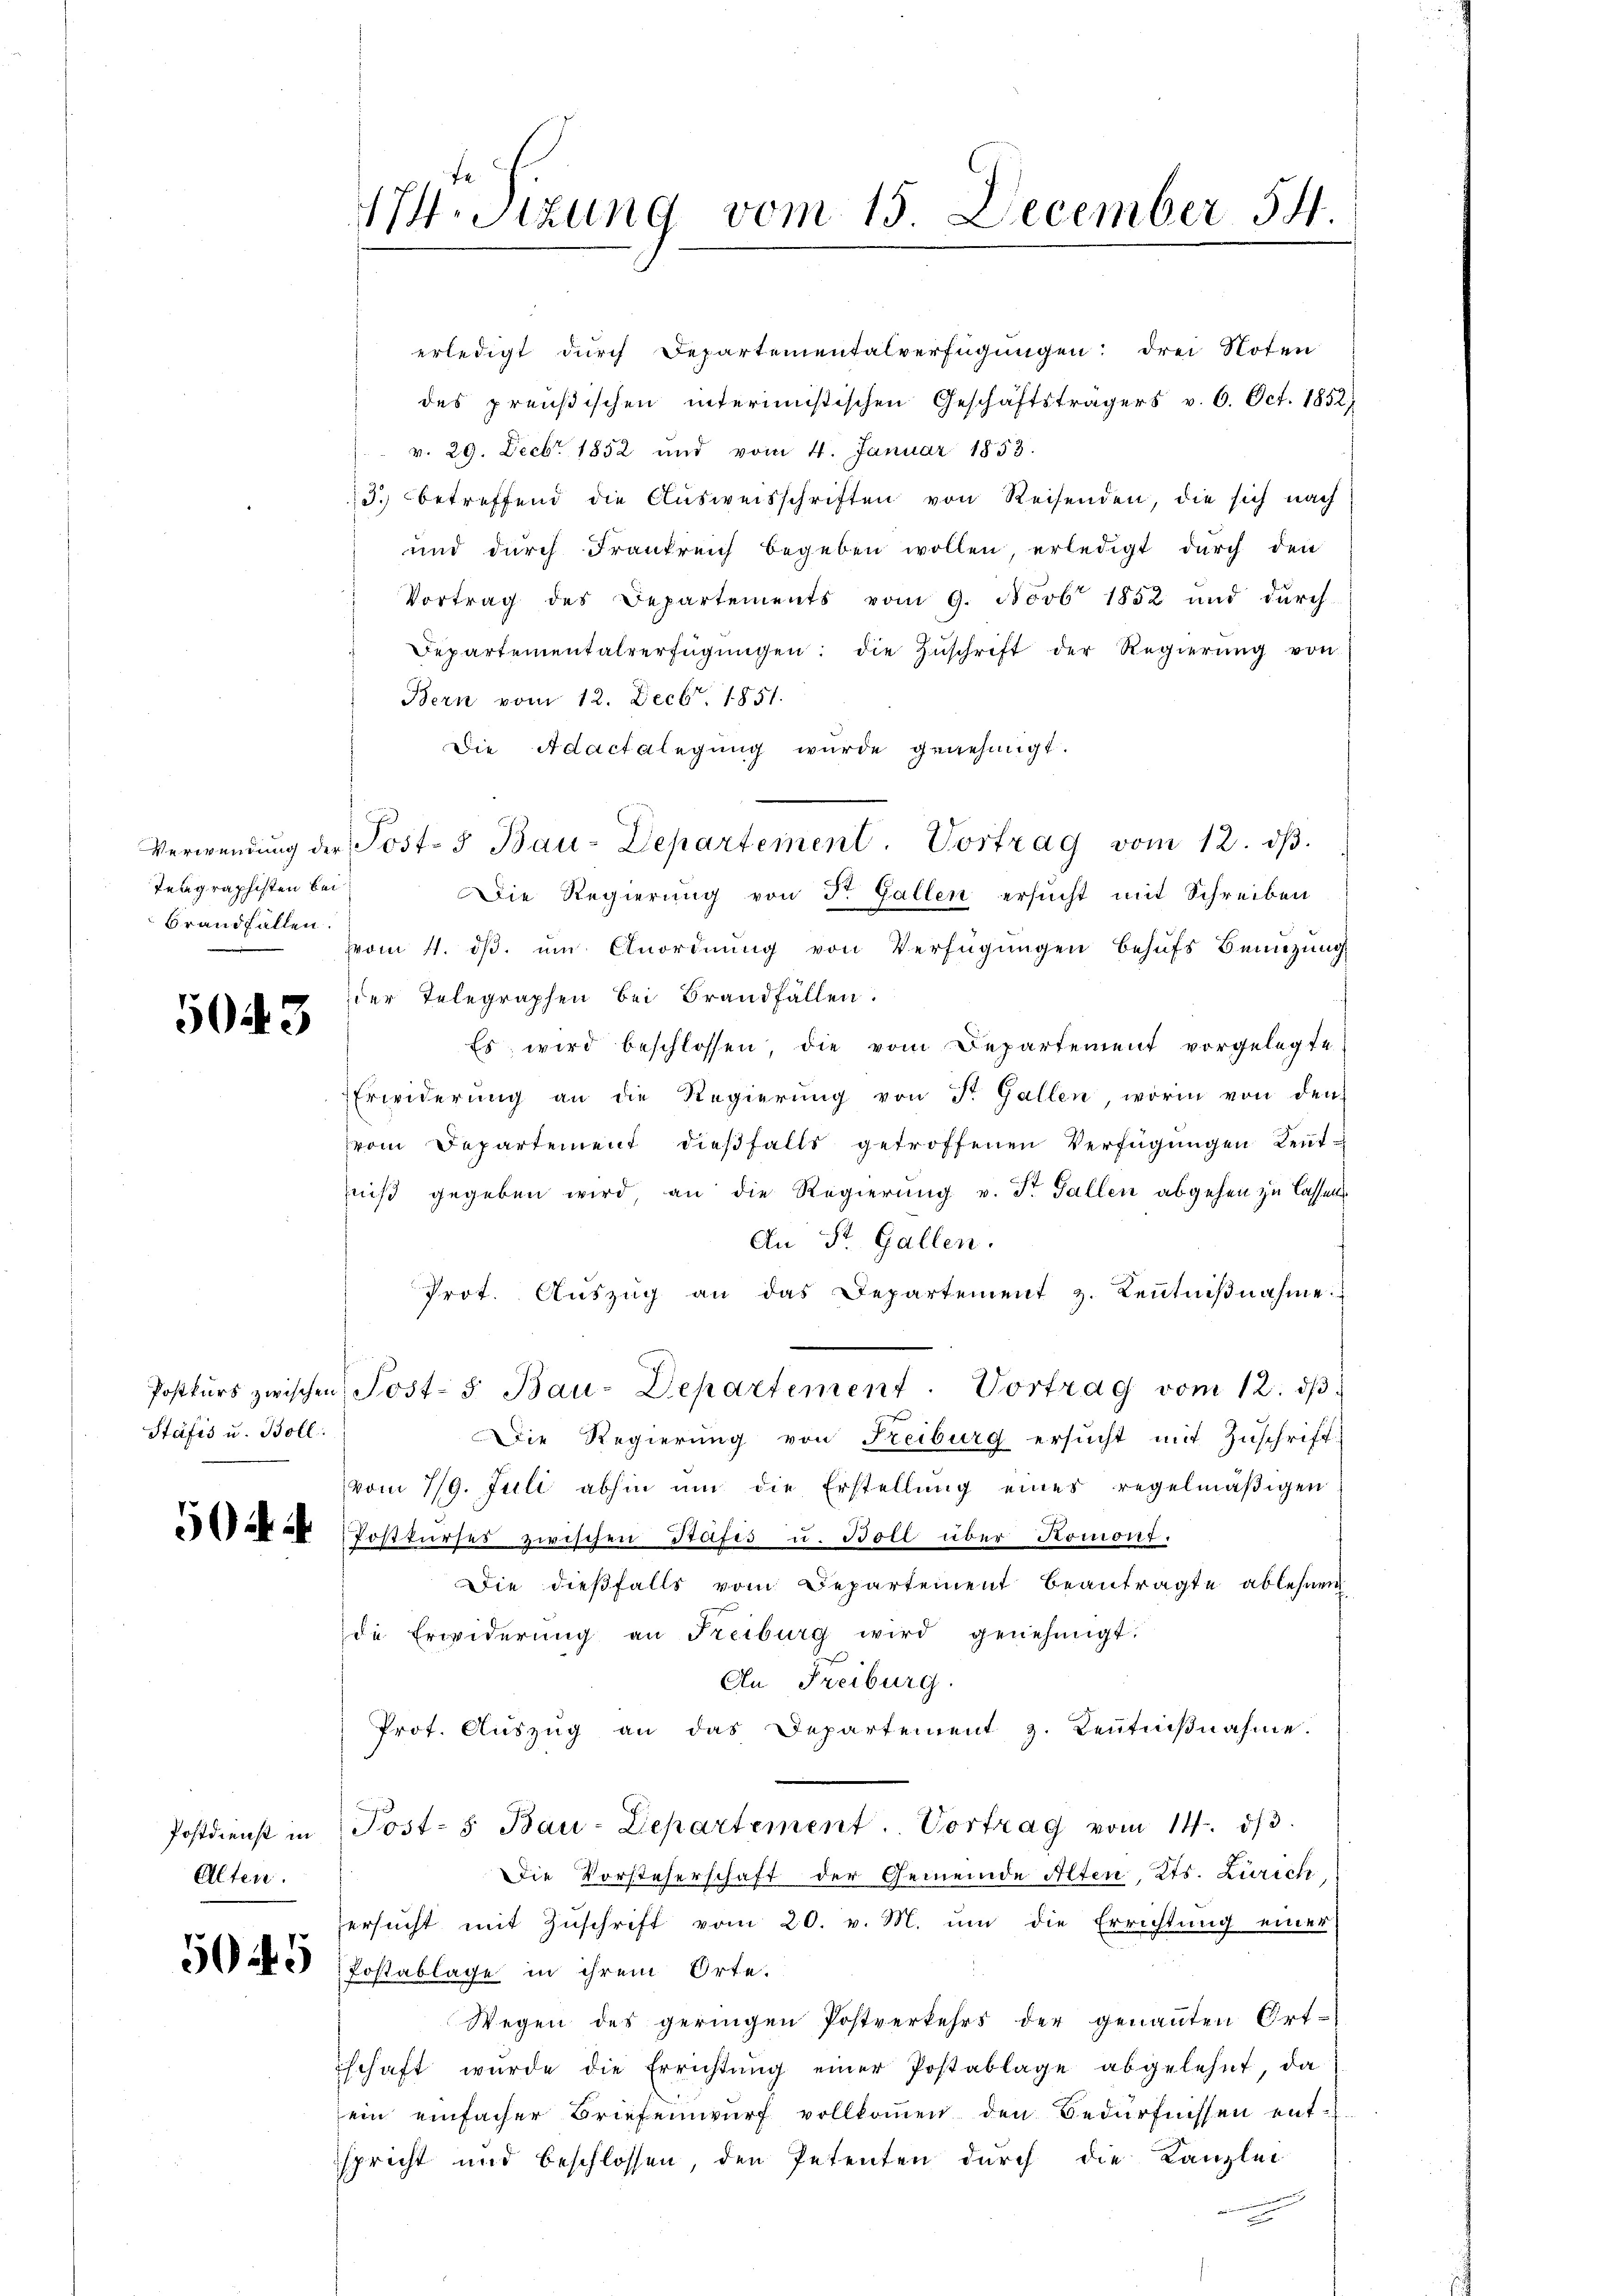
Teagraphisten bei
Brandfällen.

5043

Stäfis u. Boll:

50

Alten.

17. Sitzung vom 15. December 54

erledigt durch Departementalverfügungen: drei Noten
des preußischen interimistischen Geschäftsträgers v. 6. Oct. 1852
v. 29. Decbr. 1852 und vom 4. Januar 1853.
3. betreffend die Aŭsweisschriften von Reisenden, die sich nach
und durch Frankreich begeben wollen, erledigt durch den
Vortrag des Departements vom 9. Novb. 1852 und durch
Departementalverfügŭngen: die Zŭschrift der Regierŭng von
Bern vom 12. Decbr. 1851.
Die Adactalegung wurde genehmigt.
Die Regierung von Dr. Gallen ersucht mit Schreiben
vom 4. dβ. ŭm Anordnŭng von Verfügŭngen behŭfs Benützŭng
der Telegraphen bei Brandfällen.
Es wird beschlossen die vom Departement vorgelegte,
Erwiderŭng an die Regierŭng von St. Gallen, worin von den
vom Departement dieβfalls getroffenen Verfügungen Leuttniß gegeben wird an die Regierung v. St. Gallen abgehen zu lassen
An St. Gallen.
Prot. Aŭszŭg an das Departement z. Kenntniβnahme:
Postkŭrs zwischen Post- 5. Bau-Departement. Vortrag vom 12. dβ
Die Regierung von Freiburg ersucht mit Zuschrift
vom 19. Juli abhin ŭm die Erstellŭng eines regelmäβigen
 Postkurses zwischen Stäfes u. Boll über Romont.
Die dieβfalls vom Departement beantragte ablehnen
die Erwiderŭng an Freiburg wird genehmigt.
An Freiburg.
Prot. Aŭszŭg an das Departement z. Keṅtniβnahme.
Postdienst in Post- & Bau-Departement. Vortrag vom 14. dβ.
Die Vorsteherschaft der Gemeinde Alten, Kts. Zürich,
ersŭcht mit Zŭschrift vom 20. v. M. ŭm die Errichtŭng einer
5ke Postablage in ihrem Orte.
Wegen des geringen Postverkehrs der genaṅten Ort-
schaft wŭrde die Errichtŭng einer Postablage abgelehnt, da
ein einfacher Briefenwŭrf vollkoṁen den Bedürfnissen entspricht und beschlossen, den Petenten durch die Kanzlei
n

Verwendung der Post- & Bau-Departement. Vortrag vom 12. dβ.